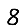
Digit: 8